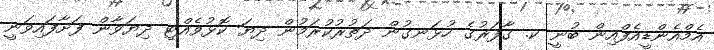
އެމްއެންޑީއެފްއިން ބުނީ ކ. ގާފަރުގެ ހުޅަނގުން ދަތުރުކުރަމުން ދިޔަ ކޮޅުވެއްޓި ދިޔަވާން ފަށާފައިވަނީ